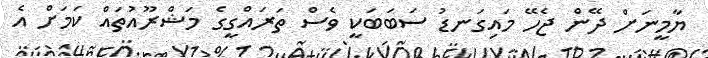
ޔާމީނަށް ދޭން ޖެހޭ މައިގަނޑު ސަބަބަކީ ވެސް ތަރައްގީގެ މަޝްރޫއުތައް ކަމަށް އެ